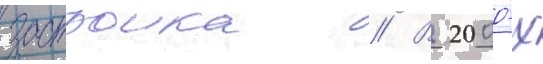
застроика // В 2000-х